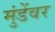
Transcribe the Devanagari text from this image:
मुंडेंवर